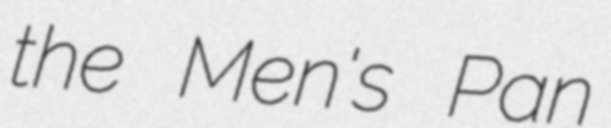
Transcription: the Men's Pan